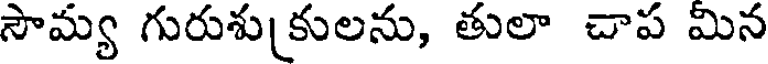
సౌమ్య గురుశుకులను, తులా చాప మిన